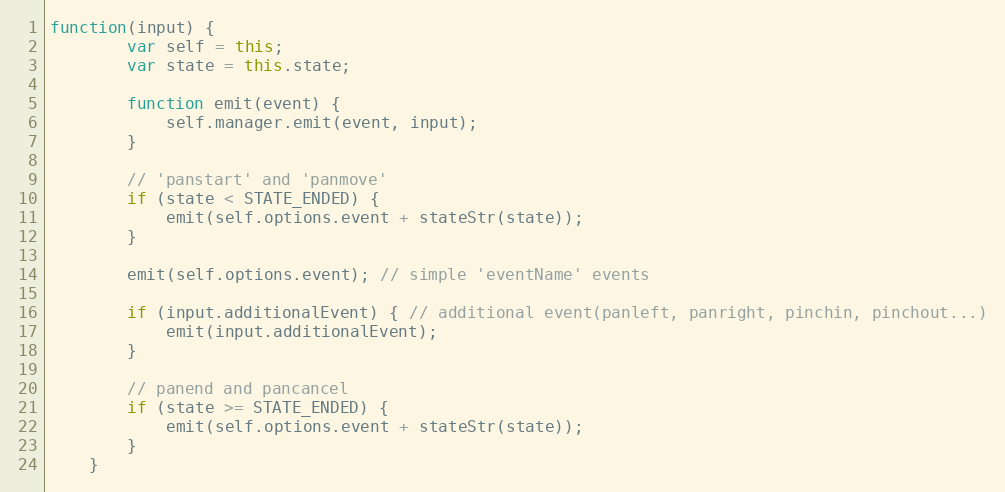
Language: JavaScript
function(input) {
        var self = this;
        var state = this.state;

        function emit(event) {
            self.manager.emit(event, input);
        }

        // 'panstart' and 'panmove'
        if (state < STATE_ENDED) {
            emit(self.options.event + stateStr(state));
        }

        emit(self.options.event); // simple 'eventName' events

        if (input.additionalEvent) { // additional event(panleft, panright, pinchin, pinchout...)
            emit(input.additionalEvent);
        }

        // panend and pancancel
        if (state >= STATE_ENDED) {
            emit(self.options.event + stateStr(state));
        }
    }